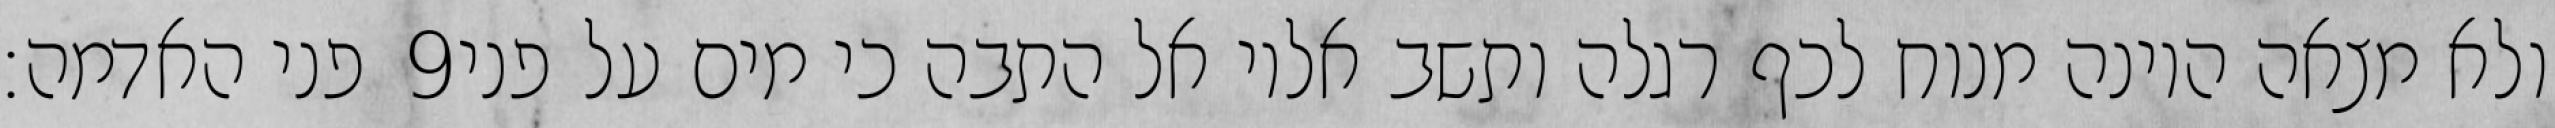
פני האדמה׃ ‎9‏ ולא מצאה היונה מנוח לכף רגלה ותשב אליו אל התבה כי מים על פני